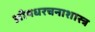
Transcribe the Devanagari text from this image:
औषधरचनाशास्त्र